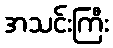
အသင်းကြီး